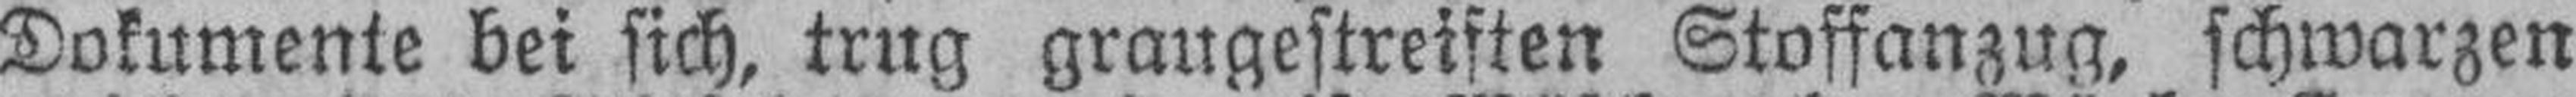
Dokumente bei sich, trug graugestreiften Stoffanzug, schwarzen